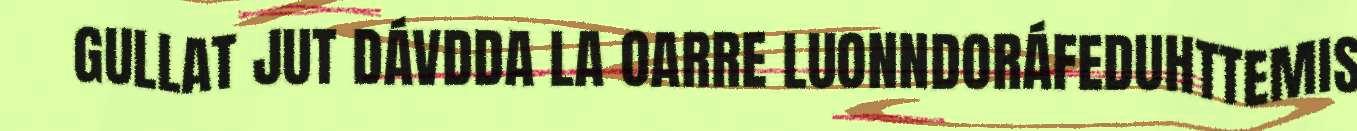
GULLAT JUT DÁVDDA LA OARRE LUONNDORÁFEDUHTTEMIS